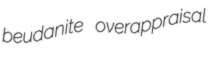
beudanite overappraisal